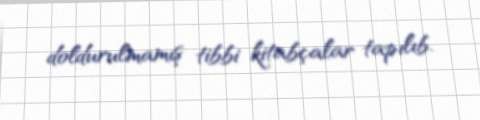
doldurulmamış tibbi kitabçalar tapılıb.